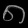
Digit: ၈